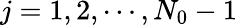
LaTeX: j=1,2,\cdots,N_{0}-1